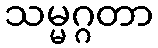
သမ္မဂ္ဂတာ